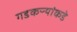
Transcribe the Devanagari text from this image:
गडकऱ्यांकडे